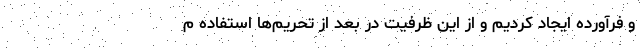
و فرآورده ایجاد کردیم و از این ظرفیت در بعد از تحریم‌ها استفاده م